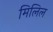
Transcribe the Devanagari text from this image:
मिलिल